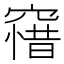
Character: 𥧶